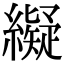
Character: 𦆦